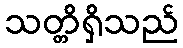
သတ္တိရှိသည်